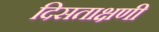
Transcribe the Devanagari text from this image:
दिसताक्षणी